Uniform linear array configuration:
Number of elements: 48
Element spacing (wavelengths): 0.25
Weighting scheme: hamming
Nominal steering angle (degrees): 15
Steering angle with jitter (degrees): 14.904
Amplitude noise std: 0.05
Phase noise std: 0.05

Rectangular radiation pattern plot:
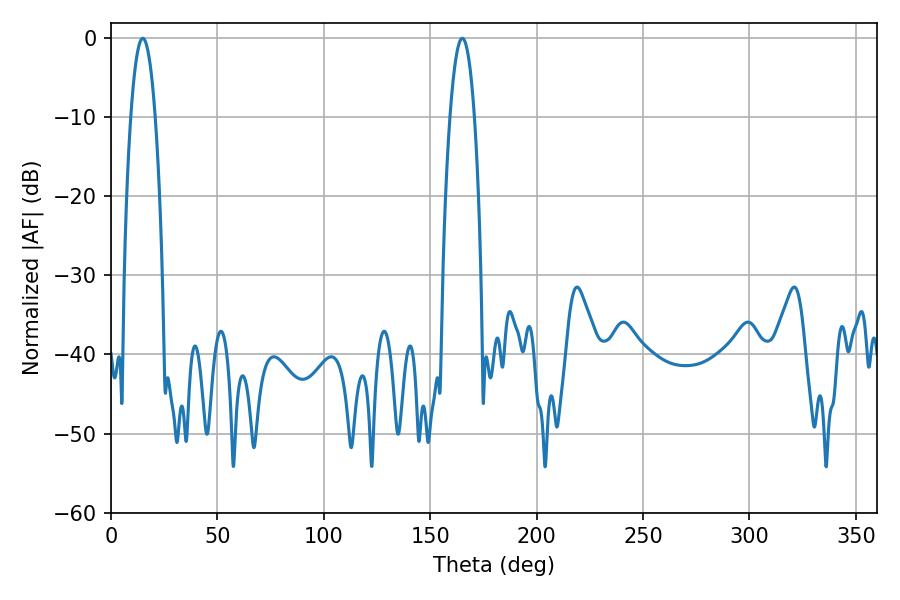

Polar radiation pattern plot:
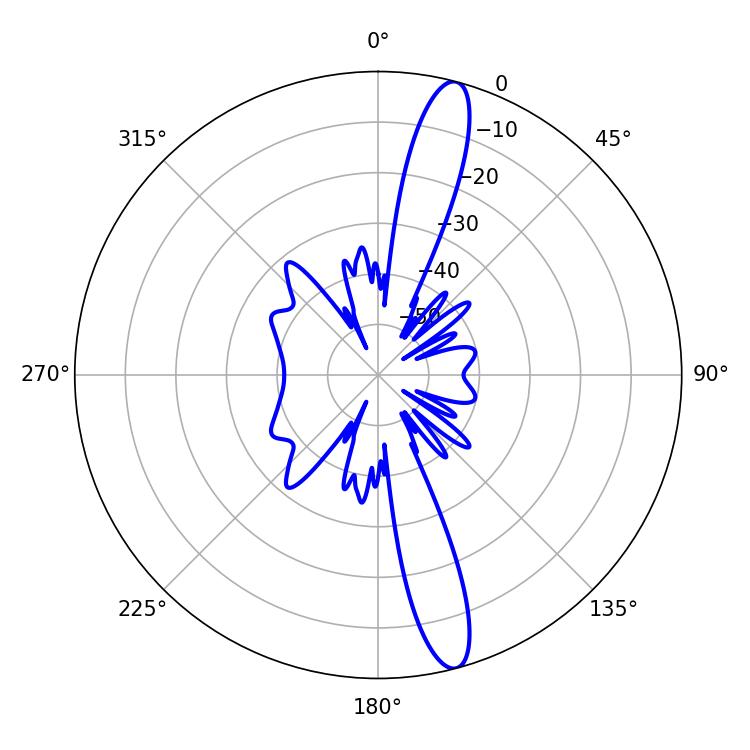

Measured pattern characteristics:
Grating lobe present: FALSE
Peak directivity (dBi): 15.133
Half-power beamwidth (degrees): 6.48
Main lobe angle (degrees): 14.94